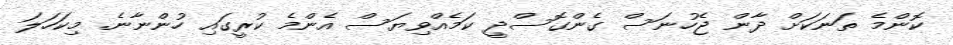
ކޮންމެ ތަނަކަށް ދާން ޖެހުނަސް ގެންގޮސްދީ ކަމެއްވިޔަސް އެންމެ ކުރީގައި ހުންނާނެ. މިކަހަލަ